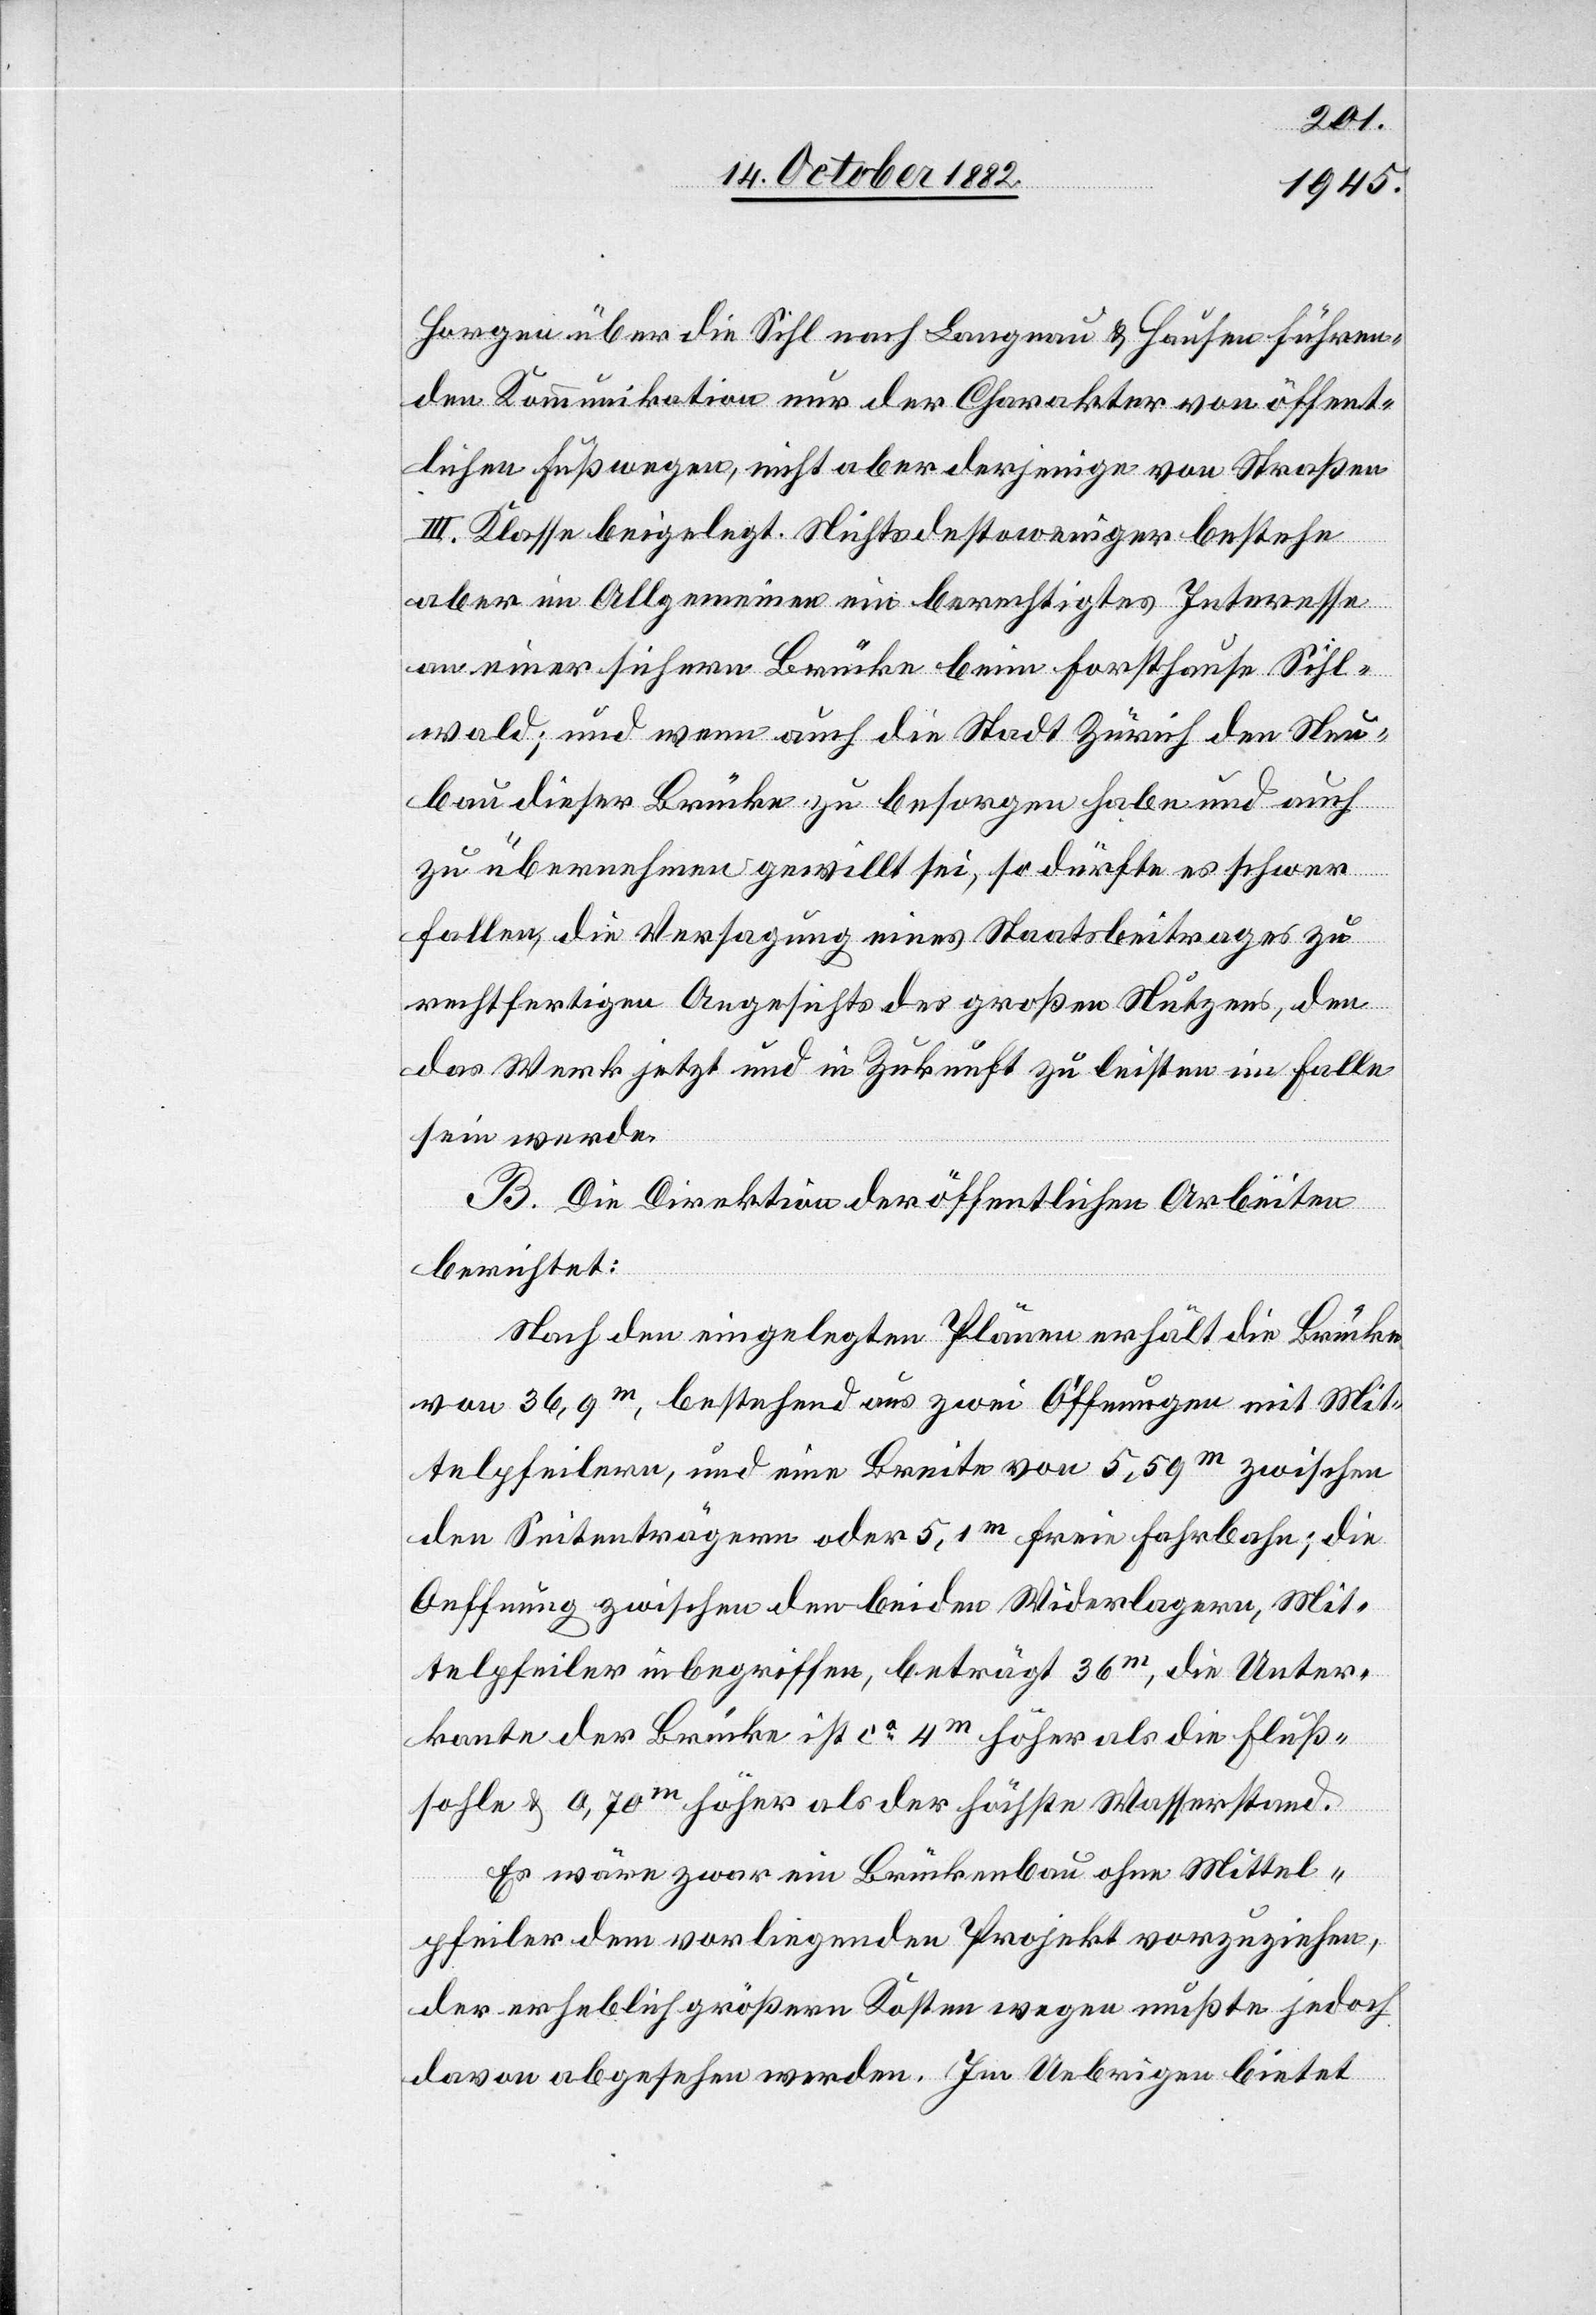
Horgen über die Sihl nach Langnau & Hausen führen¬
den Kommunikation nur der Charakter von öffent¬
lichen Fußwegen, nicht aber derjenige von Straßen
III. Klasse beigelegt. Nichtsdestoweniger bestehe
aber im Allgemeinen ein berechtigtes Interesse
an einer sichern Brücke beim Forsthause Sihl¬
wald; und wenn auch die Stadt Zürich den Neu¬
bau dieser Brücke zu besorgen habe und auch
zu übernehmen gewillt sei, so dürfte es schwer
fallen, die Versagung eines Staatsbeitrages zu
rechtfertigen Angesichts es großen Nutzens, den
das Werk jetzt und in Zukunft zu leisten im Falle
sein werde.
B. Die Direktion der öffentlichen Arbeiten
berichtet:
Nach den eingelegten Plänen erhält die Brücke
von 36,9m, bestehend aus zwei Oeffnungen mit Mit¬
telpfeilern, und eine Breite von 5,59m zwischen
den Seitenträgern oder 5,1m freie Fahrbahn; die
Oeffnung zwischen den beiden Widerlagern, Mit¬
telpfeiler inbegriffen, beträgt 36m, die Unter¬
kante der Brücke ist ca 4m höher als die Fluß¬
sohle & 0,70m höher als der höchste Wasserstand.
Es wäre zwar ein Brückenbau ohne Mittel¬
pfeiler dem vorliegenden Projekt vorzuziehen,
der erheblich größern Kosten wegen mußte jedoch
davon abgesehen werden. Im Uebrigen bietet